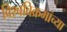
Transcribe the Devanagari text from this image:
विश्वविक्रमांच्या